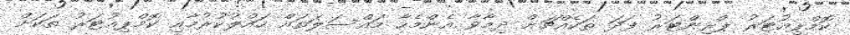
ކޮމްޕިއުޓަރު ޕްރިންޓަރު ފަދަ ތަކެއްޗަށް ދިމާވާ އެންމެހާ މައްސަލަތައް ހައްލުކުރުމާއި ކޮމްޕިއުޓަރު ތަކަށް